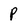
Character: P